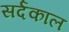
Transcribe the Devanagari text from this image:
सर्दकाल